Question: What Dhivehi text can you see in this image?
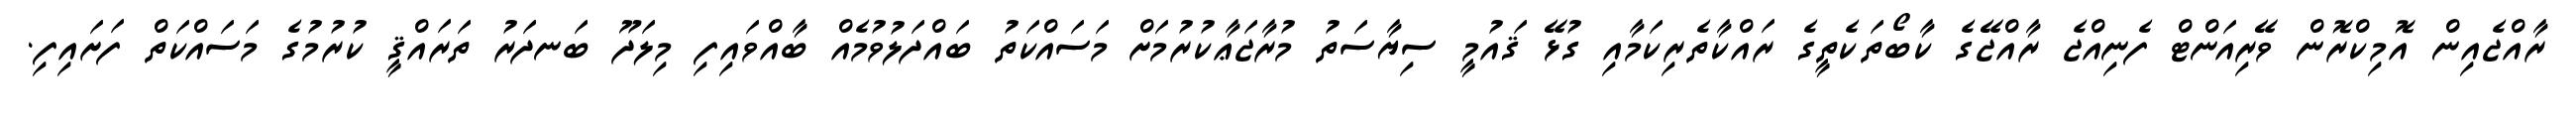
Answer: ރާއްޖެއިން އޮމިކްރޮން ވޭރިއަންޓް ފެނިއްޖެ ރާއްޖޭގެ ކާބޯތަކެތީގެ ރައްކާތެރިކަމާއި ގުޅޭ ޤައުމީ ސިޔާސަތު މުރާޖަޢާކުރުމަށް މަސައްކަތު ބައްދަލުވުމެއް ބާއްވައިފި މިލަދޫ ބަނދަރު ތަރައްޤީ ކުރުމުގެ މަސައްކަތް ފަށައިފި.